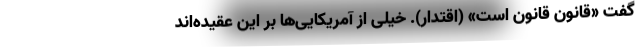
گفت «قانون قانون است» (اقتدار). خیلی از آمریکایی‌ها بر این عقیده‌اند